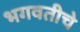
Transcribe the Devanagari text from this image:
भगवतीचे